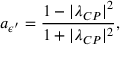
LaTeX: a _ { \epsilon ^ { \prime } } = \frac { 1 - | \lambda _ { C P } | ^ { 2 } } { 1 + | \lambda _ { C P } | ^ { 2 } } ,